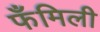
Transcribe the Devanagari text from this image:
फँमिली